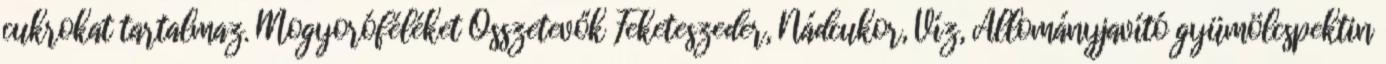
cukrokat tartalmaz. Mogyoróféléket Összetevők Feketeszeder, Nádcukor, Víz, Állományjavító gyümölcspektin